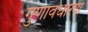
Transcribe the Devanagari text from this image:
गुणावधारण